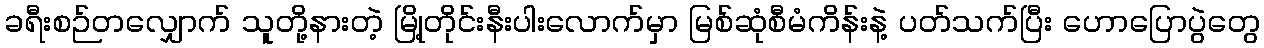
ခရီးစဉ်တလျှောက် သူတို့နားတဲ့ မြို့တိုင်းနီးပါးလောက်မှာ မြစ်ဆုံစီမံကိန်းနဲ့ ပတ်သက်ပြီး ဟောပြောပွဲတွေ